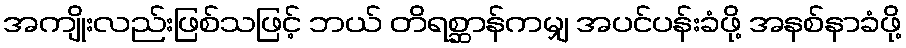
အကျိုးလည်းဖြစ်သဖြင့် ဘယ် တိရစ္ဆာန်ကမျှ အပင်ပန်းခံဖို့ အနစ်နာခံဖို့